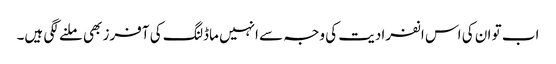
اب تو ان کی اس انفرادیت کی وجہ سے انہیں ماڈلنگ کی آفرز بھی ملنے لگی ہیں۔